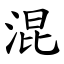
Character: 混